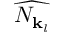
\widehat { N _ { { \mathbf { k } } _ { l } } }